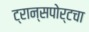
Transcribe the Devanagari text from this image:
ट्रान्सपोर्टचा